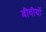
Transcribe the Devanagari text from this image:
बीवीयों